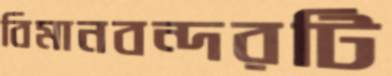
বিমানবন্দরটি